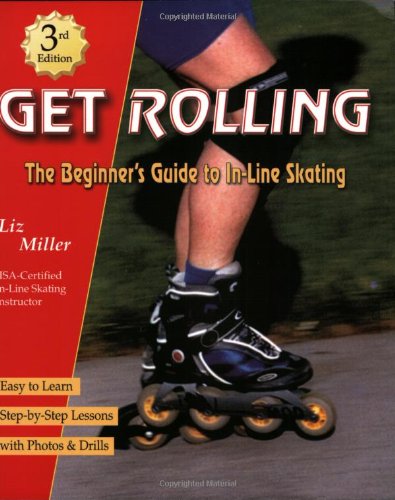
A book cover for Get Rolling, the Beginner's Guide to In-line Skating, Third Edition; Liz Miller; Health, Fitness & Dieting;